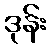
ဒုန်း